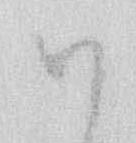
お